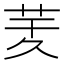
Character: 𦮖